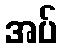
အပ်